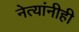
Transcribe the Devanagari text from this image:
नेत्यांनीही